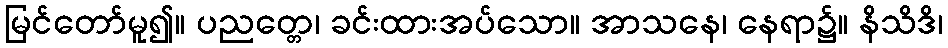
မြင်တော်မူ၍။ ပညတ္တေ၊ ခင်းထားအပ်သော။ အာသနေ၊ နေရာ၌။ နိသိဒိ၊